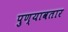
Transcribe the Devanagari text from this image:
पुण्यावतार